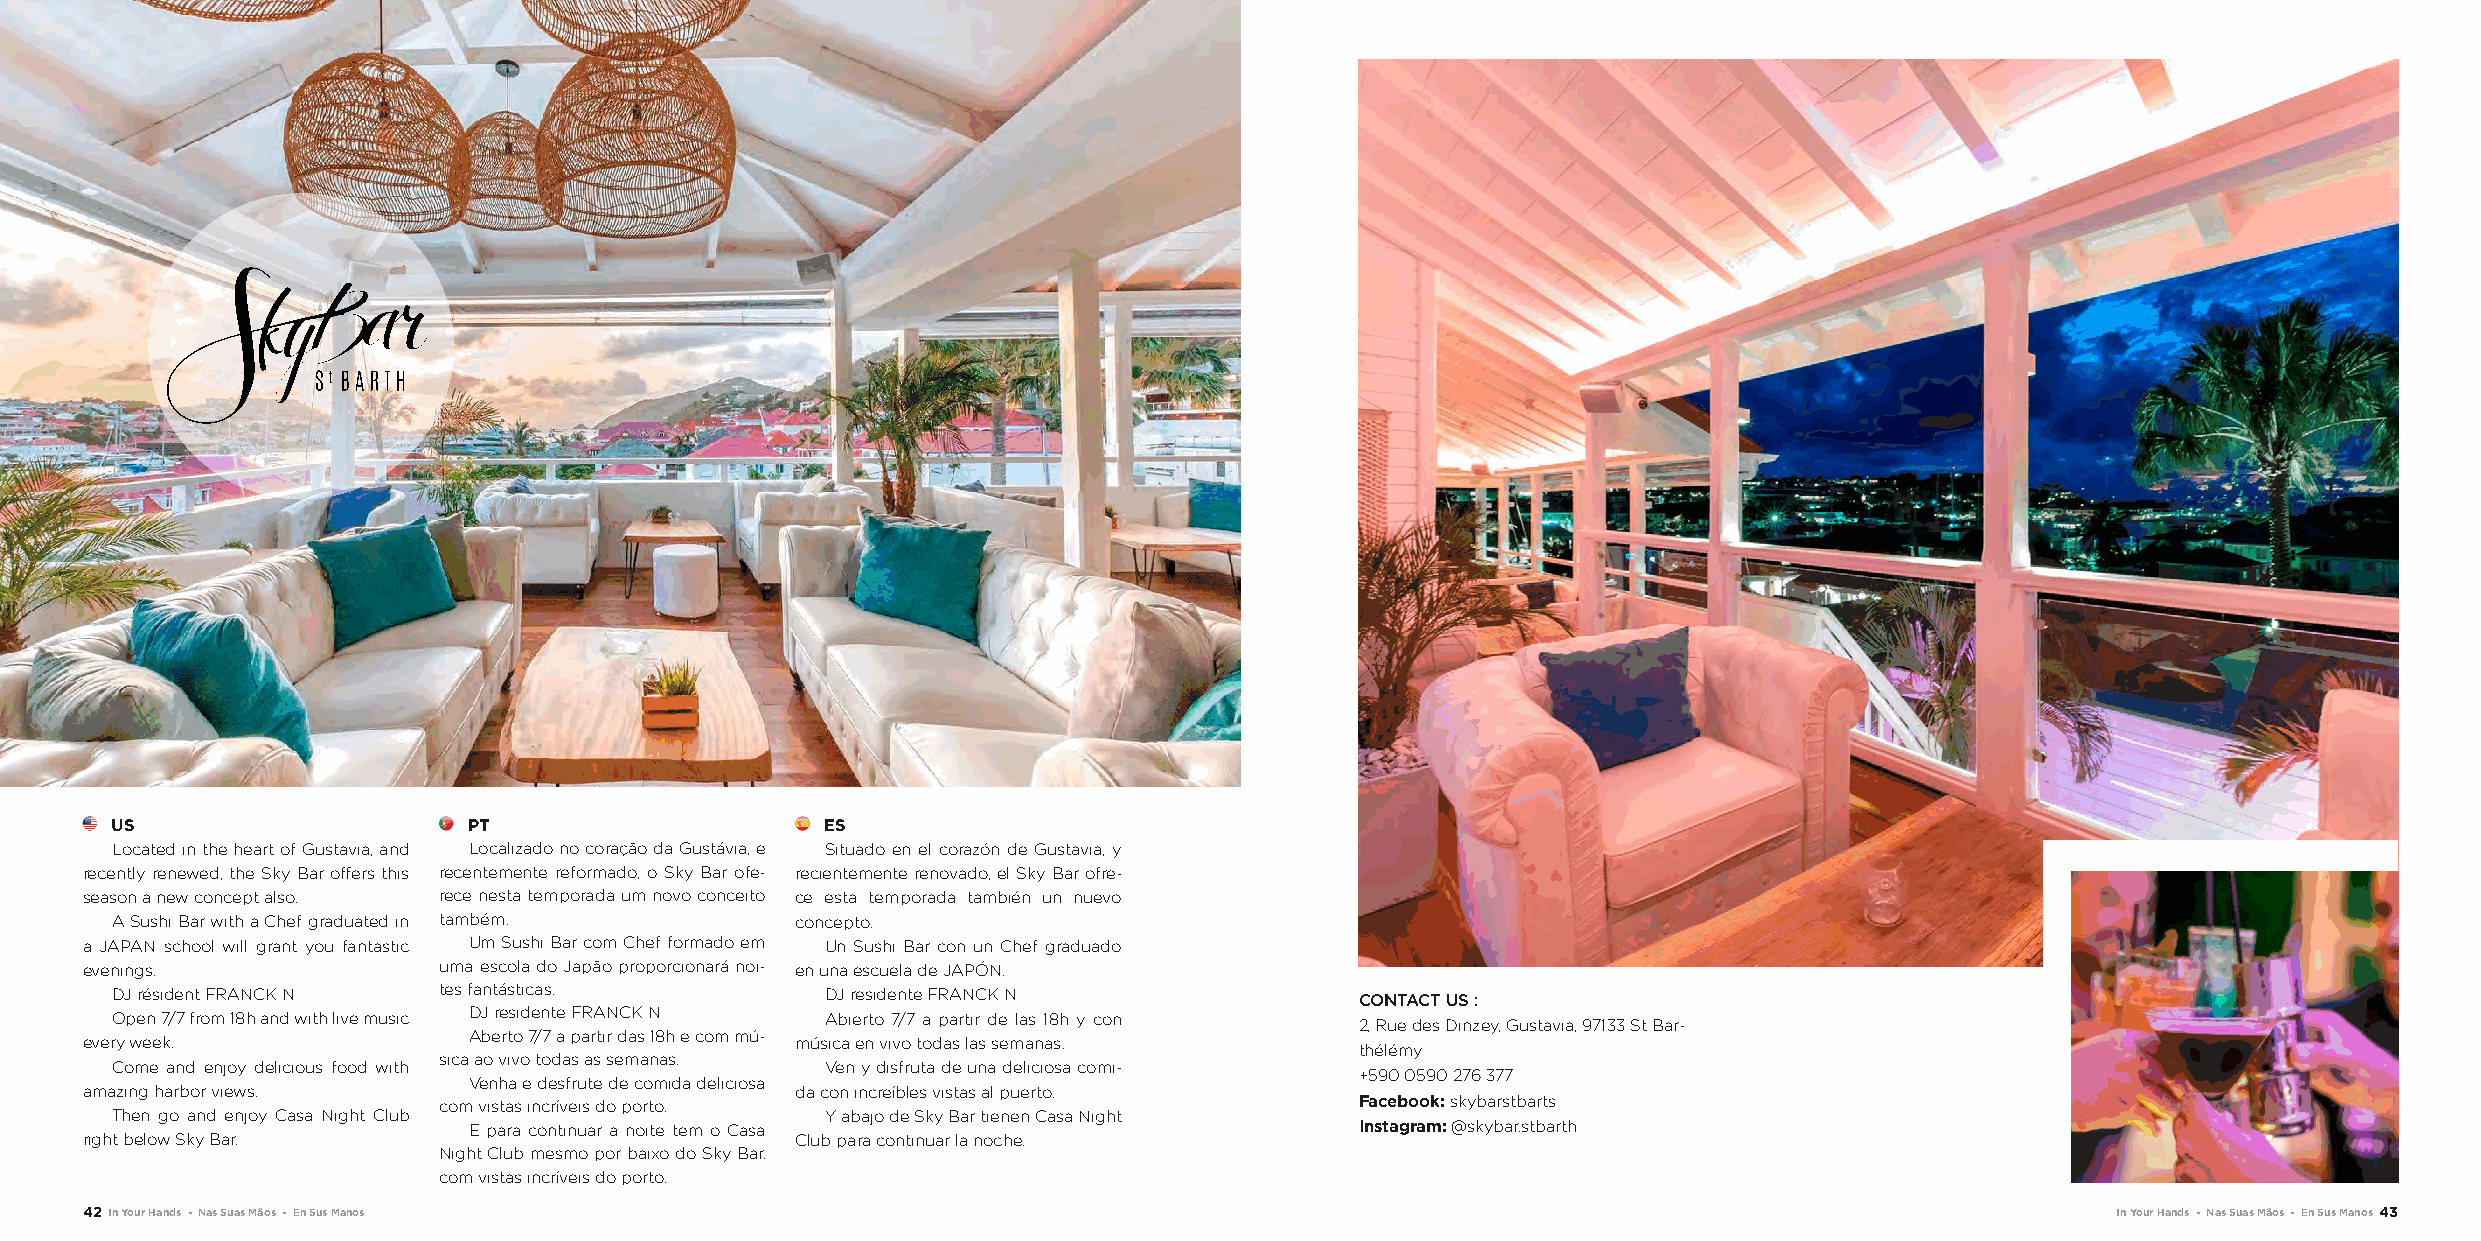
US                      PT                      ES
 Located in the heart of Gustavia, and Localizado no coração da Gustávia, e Situado en el corazón de Gustavia, y
 recently renewed, the Sky Bar offers this recentemente reformado, o Sky Bar ofe- recientemente renovado, el Sky Bar ofre-
 season a new concept also. rece nesta temporada um novo conceito ce esta temporada también un nuevo
 A Sushi Bar with a Chef graduated in também.  concepto.
 a JAPAN school will grant you fantastic Um Sushi Bar com Chef formado em Un Sushi Bar con un Chef graduado
 evenings.               uma escola do Japão proporcionará noi- en una escuela de JAPÓN.
 DJ résident FRANCK N  tes fantásticas.          DJ residente FRANCK N
 CONTACT US :
 Open 7/7 from 18h and with live music DJ residente FRANCK N Abierto 7/7 a partir de las 18h y con
 2, Rue des Dinzey, Gustavia, 97133 St Bar-
 Aberto 7/7 a partir das 18h e com mú-
 every week.                                     música en vivo todas las semanas.
 thélémy
 sica ao vivo todas as semanas.
 Come and enjoy delicious food with              Ven y disfruta de una deliciosa comi-
 +590 0590 276 377
 Venha e desfrute de comida deliciosa
 amazing harbor views.                           da con increíbles vistas al puerto.
 com vistas incríveis do porto.                               Facebook: skybarstbarts
 Then go and enjoy Casa Night Club               Y abajo de Sky Bar tienen Casa Night
 E para continuar a noite tem o Casa                        Instagram: @skybar.stbarth
 right below Sky Bar.                            Club para continuar la noche.
 Night Club mesmo por baixo do Sky Bar.
 com vistas incríveis do porto.
 42 In Your Hands - Nas Suas Mãos - En Sus Manos                                                                                        In Your Hands - Nas Suas Mãos - En Sus Manos 43